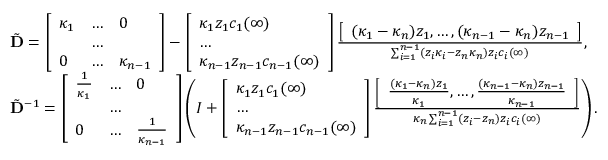
\begin{array} { r l } & { \tilde { \mathbf { D } } = \left[ \begin{array} { l l l } { \kappa _ { 1 } } & { \hdots } & { 0 } \\ & { \hdots } & \\ { 0 } & { \hdots } & { \kappa _ { n - 1 } } \end{array} \right] - \left[ \begin{array} { l } { \kappa _ { 1 } z _ { 1 } c _ { 1 } ( \infty ) } \\ { \hdots } \\ { \kappa _ { n - 1 } z _ { n - 1 } c _ { n - 1 } ( \infty ) } \end{array} \right] \frac { \left[ \begin{array} { l } { ( \kappa _ { 1 } - \kappa _ { n } ) z _ { 1 } , \hdots , ( \kappa _ { n - 1 } - \kappa _ { n } ) z _ { n - 1 } } \end{array} \right] } { \sum _ { i = 1 } ^ { n - 1 } ( z _ { i } \kappa _ { i } - z _ { n } \kappa _ { n } ) z _ { i } c _ { i } ( \infty ) } , } \\ & { \tilde { \mathbf { D } } ^ { - 1 } = \left[ \begin{array} { l l l } { \frac { 1 } { \kappa _ { 1 } } } & { \hdots } & { 0 } \\ & { \hdots } & \\ { 0 } & { \hdots } & { \frac { 1 } { \kappa _ { n - 1 } } } \end{array} \right] \left( I + \left[ \begin{array} { l } { \kappa _ { 1 } z _ { 1 } c _ { 1 } ( \infty ) } \\ { \hdots } \\ { \kappa _ { n - 1 } z _ { n - 1 } c _ { n - 1 } ( \infty ) } \end{array} \right] \frac { \left[ \begin{array} { l } { \frac { ( \kappa _ { 1 } - \kappa _ { n } ) z _ { 1 } } { \kappa _ { 1 } } , \hdots , \frac { ( \kappa _ { n - 1 } - \kappa _ { n } ) z _ { n - 1 } } { \kappa _ { n - 1 } } } \end{array} \right] } { \kappa _ { n } \sum _ { i = 1 } ^ { n - 1 } ( z _ { i } - z _ { n } ) z _ { i } c _ { i } ( \infty ) } \right) . } \end{array}